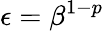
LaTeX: \epsilon=\beta^{1-p}